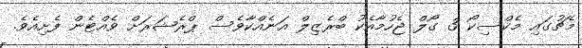
މެޗުގައި މެކްސިކޯ 3 ގޯލް ޖެހުމާއެކު ބްރެޒިލް އަނެއްކާވެސް ޕްރެޝަރަށް ވެއްޓެން ފެށިއެވެ.